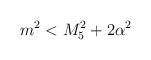
LaTeX: \begin{align*}m^2 < M_5^2 + 2\alpha ^2 \end{align*}